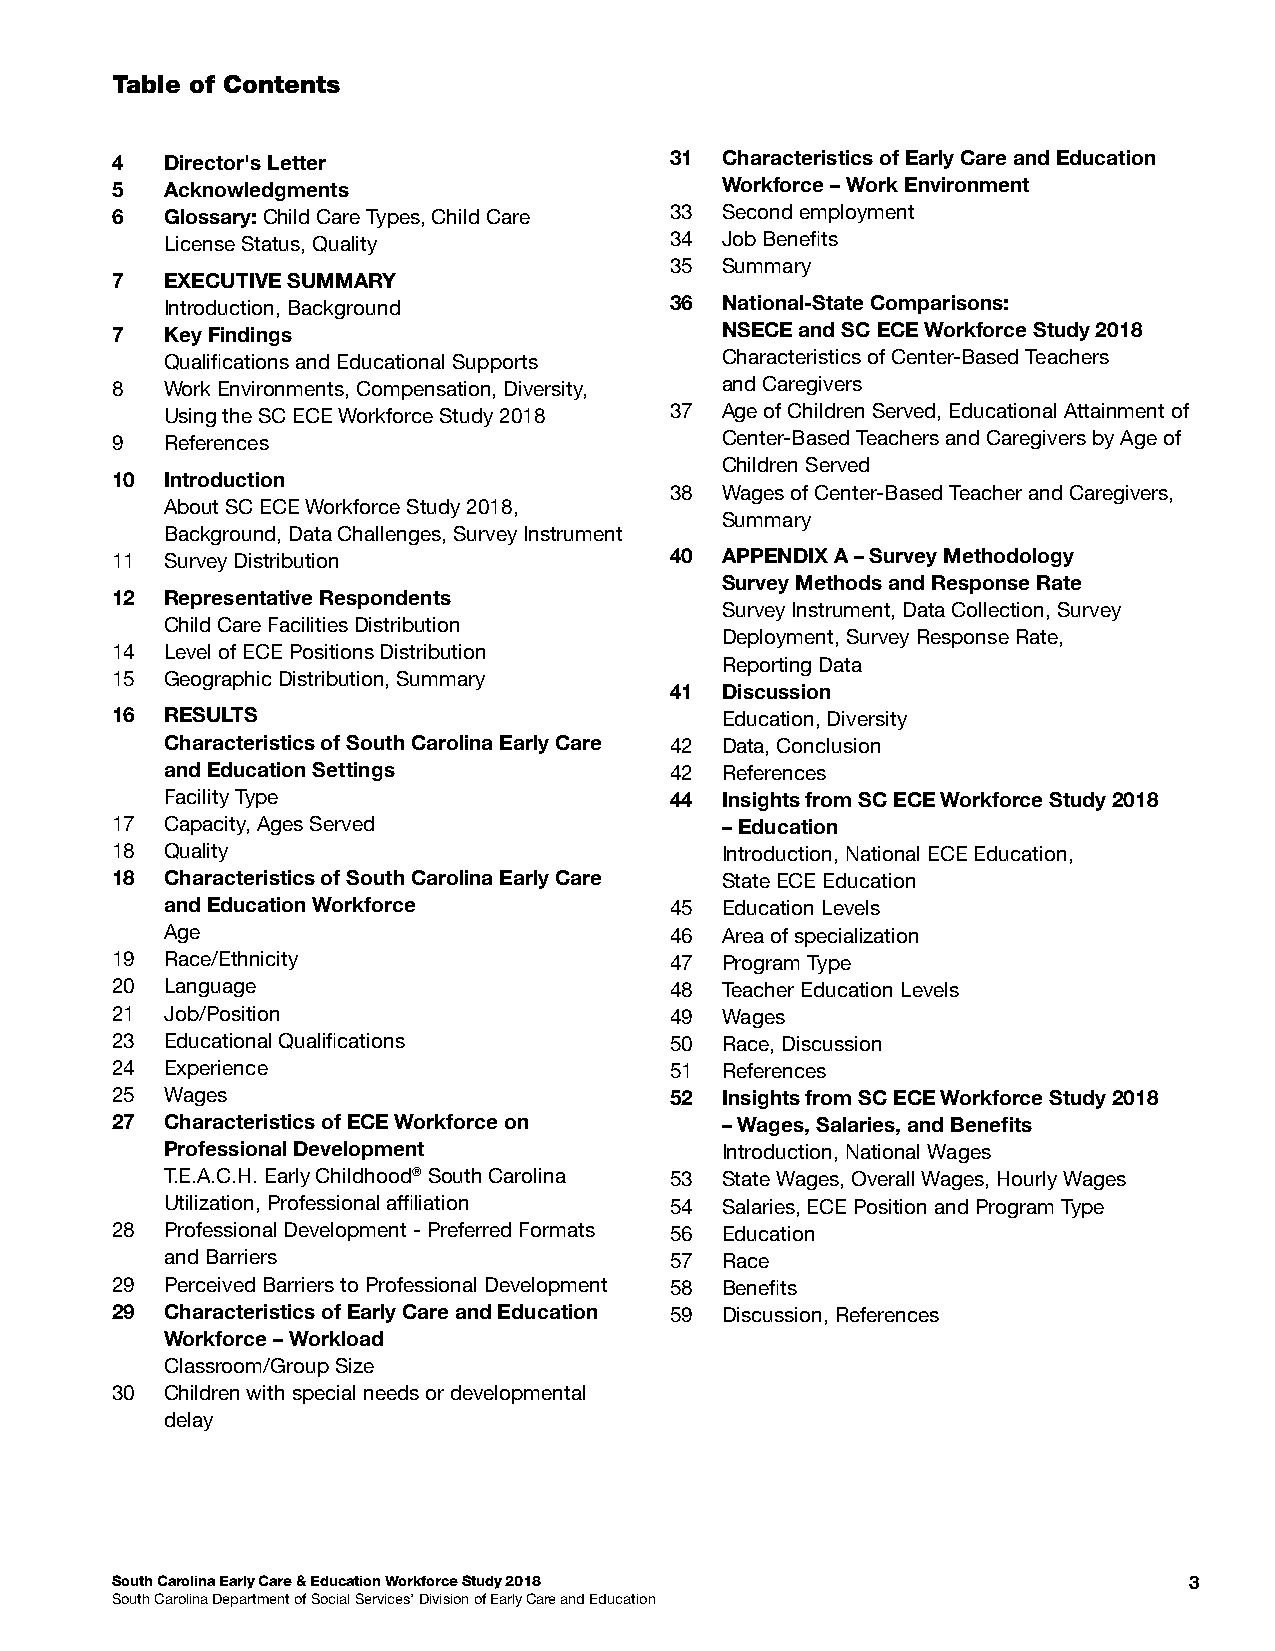
Table of Contents
 4   Director's Letter                31  Characteristics of Early Care and Education
 5   Acknowledgments                      Workforce – Work Environment
 6   Glossary: Child Care Types, Child Care 33 Second employment
 License Status, Quality          34  Job Benefts
 35  Summary
 7   EXECUTIVE SUMMARY
 Introduction, Background         36  National-State Comparisons:
 7   Key Findings                         NSECE and SC ECE Workforce Study 2018
 Qualifcations and Educational Supports Characteristics of Center-Based Teachers
 8   Work Environments, Compensation, Diversity, and Caregivers
 Using the SC ECE Workforce Study 2018 37 Age of Children Served, Educational Attainment of
 9   References                           Center-Based Teachers and Caregivers by Age of
 Children Served
 10  Introduction
 38  Wages of Center-Based Teacher and Caregivers,
 About SC ECE Workforce Study 2018,
 Summary
 Background, Data Challenges, Survey Instrument
 11  Survey Distribution              40  APPENDIX A – Survey Methodology
 Survey Methods and Response Rate
 12  Representative Respondents
 Survey Instrument, Data Collection, Survey
 Child Care Facilities Distribution
 Deployment, Survey Response Rate,
 14  Level of ECE Positions Distribution
 Reporting Data
 15  Geographic Distribution, Summary
 41  Discussion
 16  RESULTS                              Education, Diversity
 Characteristics of South Carolina Early Care 42 Data, Conclusion
 and Education Settings           42  References
 Facility Type                    44  Insights from SC ECE Workforce Study 2018
 17  Capacity, Ages Served                – Education
 18  Quality                              Introduction, National ECE Education,
 18  Characteristics of South Carolina Early Care State ECE Education
 and Education Workforce          45  Education Levels
 Age                              46  Area of specialization
 19  Race/Ethnicity                   47  Program Type
 20  Language                         48  Teacher Education Levels
 21  Job/Position                     49  Wages
 23  Educational Qualifcations        50  Race, Discussion
 24  Experience                       51  References
 25  Wages                            52  Insights from SC ECE Workforce Study 2018
 27  Characteristics of ECE Workforce on  – Wages, Salaries, and Benefts
 Professional Development             Introduction, National Wages
 T.E.A.C.H. Early Childhood® South Carolina 53 State Wages, Overall Wages, Hourly Wages
 Utilization, Professional affliation 54 Salaries, ECE Position and Program Type
 28  Professional Development - Preferred Formats 56 Education
 and Barriers                     57  Race
 29  Perceived Barriers to Professional Development 58 Benefts
 29  Characteristics of Early Care and Education 59 Discussion, References
 Workforce – Workload
 Classroom/Group Size
 30  Children with special needs or developmental
 delay
 South Carolina Early Care & Education Workforce Study 2018              3
 South Carolina Department of Social Services’ Division of Early Care and Education